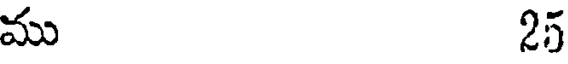
ము25